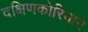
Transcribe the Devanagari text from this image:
दक्षिणकोरियाने